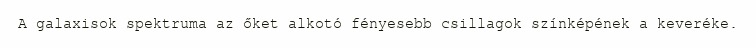
A galaxisok spektruma az őket alkotó fényesebb csillagok színképének a keveréke.